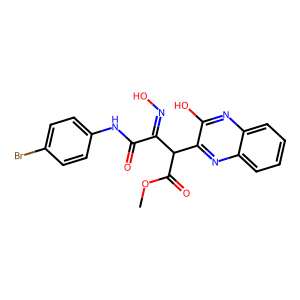
SMILES: COC(=O)C(C(=NO)C(=O)Nc1ccc(Br)cc1)c1nc2ccccc2nc1O
Inhibits HIV replication: No